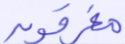
مغرقون